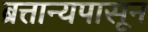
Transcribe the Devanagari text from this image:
ब्रत्तान्यपासून